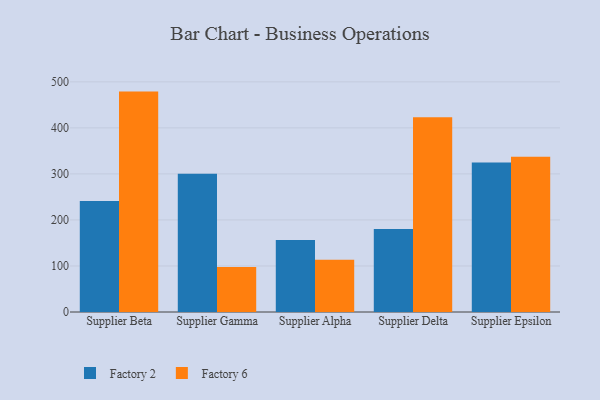
{"axis": {"x": "Supplier", "y": "Tickets Resolved"}, "legend": ["Factory 2", "Factory 6"], "data": [{"x": "Supplier Beta", "y": 240.9, "type": "Factory 2"}, {"x": "Supplier Beta", "y": 478.8, "type": "Factory 6"}, {"x": "Supplier Gamma", "y": 300.3, "type": "Factory 2"}, {"x": "Supplier Gamma", "y": 97.9, "type": "Factory 6"}, {"x": "Supplier Alpha", "y": 156.6, "type": "Factory 2"}, {"x": "Supplier Alpha", "y": 113.4, "type": "Factory 6"}, {"x": "Supplier Delta", "y": 180.4, "type": "Factory 2"}, {"x": "Supplier Delta", "y": 423.3, "type": "Factory 6"}, {"x": "Supplier Epsilon", "y": 324.7, "type": "Factory 2"}, {"x": "Supplier Epsilon", "y": 337.5, "type": "Factory 6"}]}